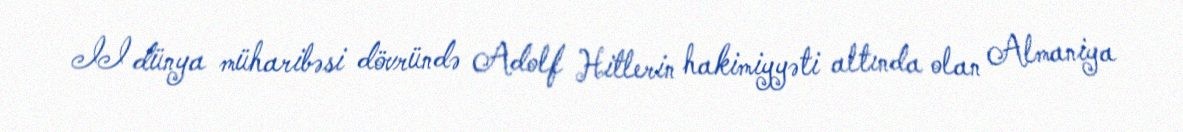
II dünya müharibəsi dövründə Adolf Hitlerin hakimiyyəti altında olan Almaniya